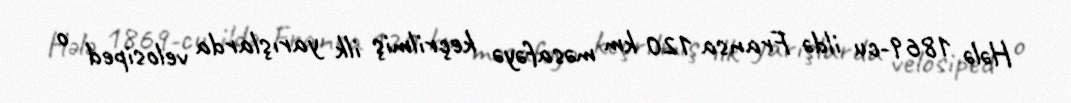
Hələ 1869-cu ildə Fransa 120 km məsafəyə keçrilmiş ilk yarışlarda velosiped o